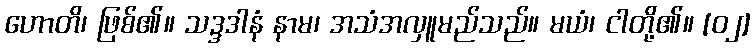
ဟောတိ၊ ဖြစ်၏။ သဒ္ဒဒါနံ နာမ၊ အသံအလှူမည်သည်။ မယံ၊ ငါတို့၏။ [၀၂]